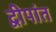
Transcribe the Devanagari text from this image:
द्वीपांत